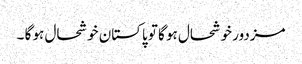
مزدور خوشحال ہو گا تو پاکستان خوشحال ہو گا ۔